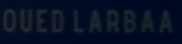
OUEDLARBAA